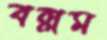
বল্লম